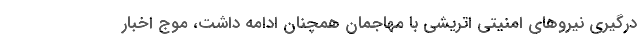
درگیری نیروهای امنیتی اتریشی با مهاجمان همچنان ادامه داشت، موج اخبار